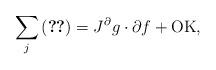
LaTeX: \begin{align*}\sum_j\eqref{921_1a_e7} = J^{\partial} g\cdot \partial f +\operatorname{OK},\end{align*}